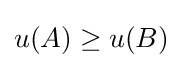
u(A)\geq u(B)